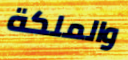
والملكة